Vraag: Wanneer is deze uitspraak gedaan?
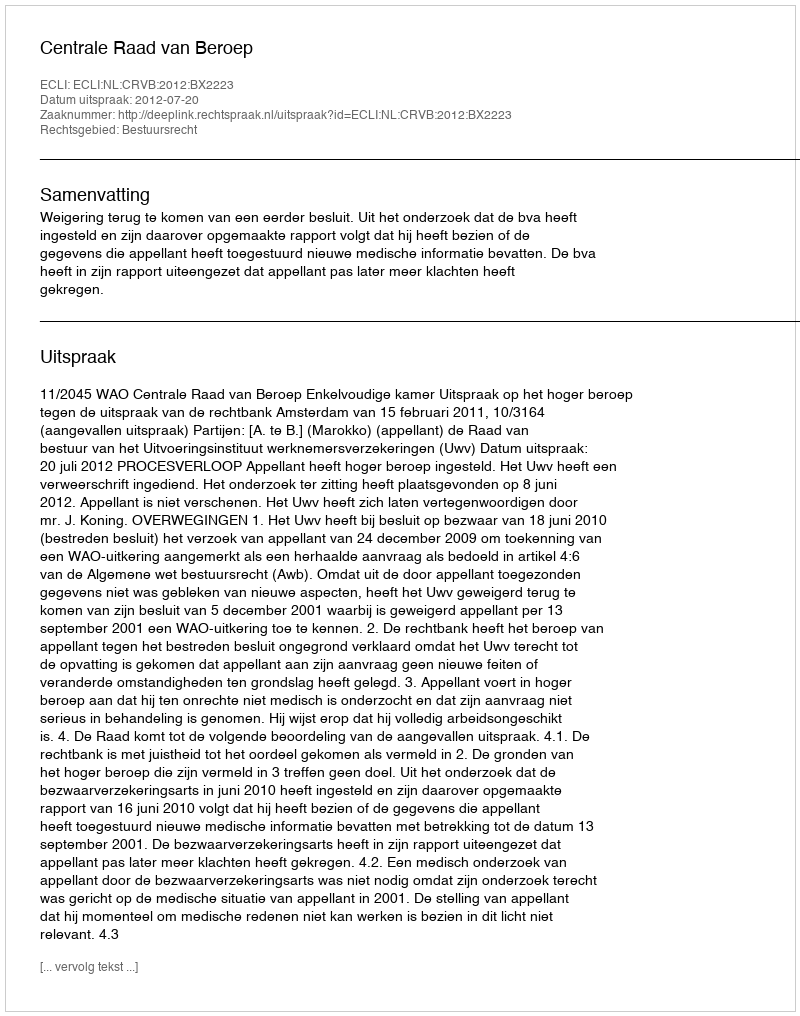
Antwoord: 2012-07-20